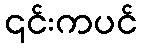
၎င်းကပင်